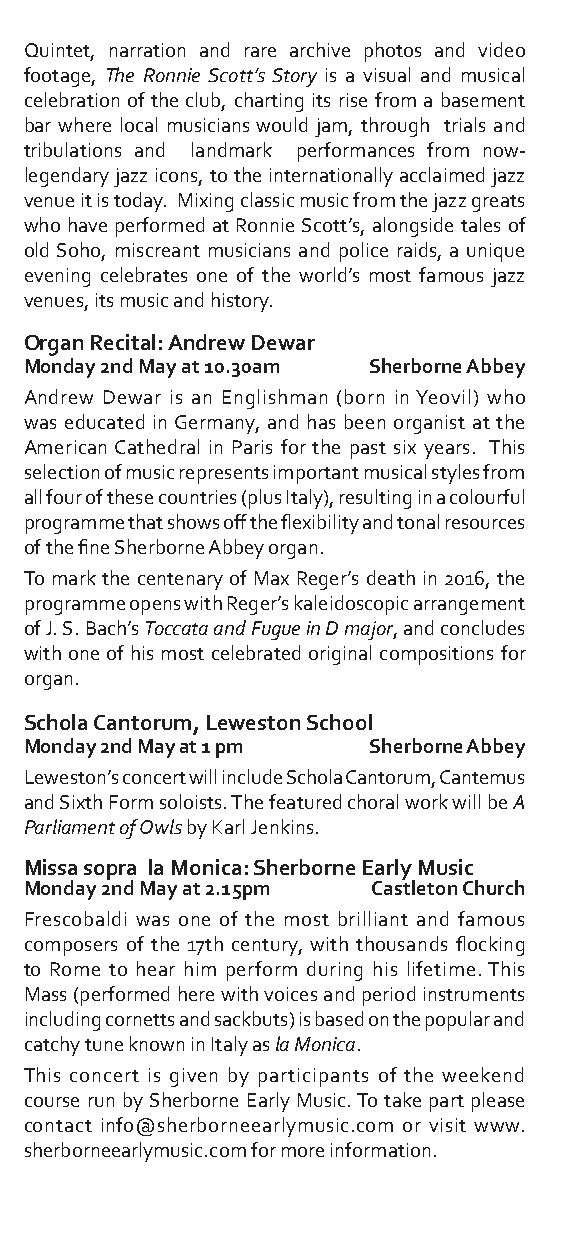
Quintet, narration and rare archive photos and video
 footage, The Ronnie Scott’s Story is a visual and musical
 celebration of the club, charting its rise from a basement
 bar where local musicians would jam, through trials and
 tribulations and landmark performances from now-
 legendary jazz icons, to the internationally acclaimed jazz
 venue it is today. Mixing classic music from the jazz greats
 who have performed at Ronnie Scott’s, alongside tales of
 old Soho, miscreant musicians and police raids, a unique
 evening celebrates one of the world’s most famous jazz
 venues, its music and history.
 Organ Recital: Andrew Dewar
 Monday 2nd May at 10.30am Sherborne Abbey
 Andrew Dewar is an Englishman (born in Yeovil) who
 was educated in Germany, and has been organist at the
 American Cathedral in Paris for the past six years. This
 selection of music represents important musical styles from
 all four of these countries (plus Italy), resulting in a colourful
 programme that shows off the flexibility and tonal resources
 of the fine Sherborne Abbey organ.
 To mark the centenary of Max Reger’s death in 2016, the
 programme opens with Reger’s kaleidoscopic arrangement
 of J. S. Bach’s Toccata and Fugue in D major, and concludes
 with one of his most celebrated original compositions for
 organ.
 Schola Cantorum, Leweston School
 Monday 2nd May at 1 pm Sherborne Abbey
 Leweston’s concert will include Schola Cantorum, Cantemus
 and Sixth Form soloists. The featured choral work will be A
 Parliament of Owls by Karl Jenkins.
 Missa sopra la Monica: Sherborne Early Music
 Monday 2nd May at 2.15pm Castleton Church
 Frescobaldi was one of the most brilliant and famous
 composers of the 17th century, with thousands flocking
 to Rome to hear him perform during his lifetime. This
 Mass (performed here with voices and period instruments
 including cornetts and sackbuts) is based on the popular and
 catchy tune known in Italy as la Monica.
 This concert is given by participants of the weekend
 course run by Sherborne Early Music. To take part please
 contact info@sherborneearlymusic.com or visit www.
 sherborneearlymusic.com for more information.